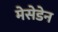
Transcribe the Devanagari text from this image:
मेसेडेन